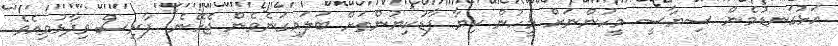
އަޅުގަނޑުމެން ސިޔާސީ މީހުންނަށް މީހުން ކިޔާ ފާޑުކިޔުންތަށް ބަލައިގަނެވެން ޖެހޭނެ" ފާރިސް ވިދާޅުވިއެވެ.